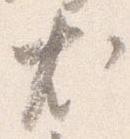
尤